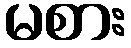
မစား